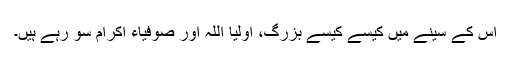
اس کے سینے میں کیسے کیسے بزرگ، اولیا اللّہ اور صوفیاء اکرام سو رہے ہیں۔